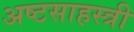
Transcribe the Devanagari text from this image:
अष्टसाहस्त्री